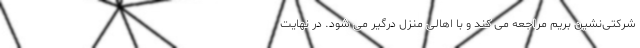
شرکتی‌نشین بریم مراجعه می کند و با اهالی منزل درگیر می شود. در نهایت